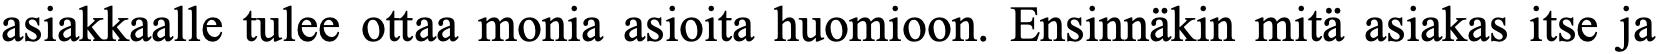
asiakkaalle tulee ottaa monia asioita huomioon. Ensinnäkin mitä asiakas itse ja